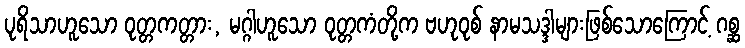
ပုရိသာဟူသော ဝုတ္တကတ္တား, မဂ္ဂါဟူသော ဝုတ္တကံတို့က ဗဟုဝုစ် နာမသဒ္ဒါများဖြစ်သောကြောင့် ဂစ္ဆ